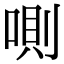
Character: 𠷌